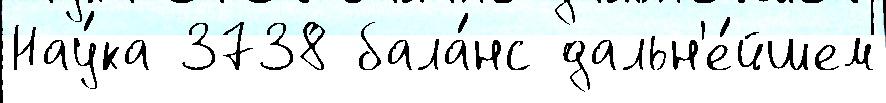
Нау́ка 3738 бала́нс дальн'е́йшем